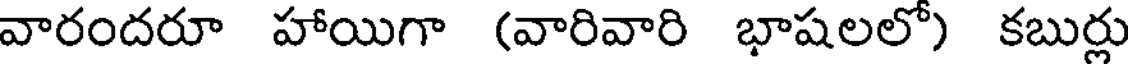
వారందరూ హాయిగా (వారివారి భాషలలో) కబుర్లు